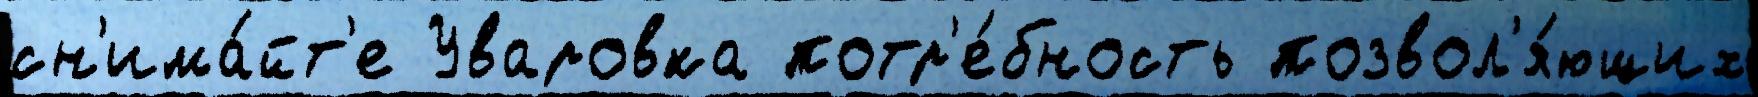
сн'има́йт'е Уваровка потр'е́бность позвол'я́ющих